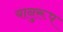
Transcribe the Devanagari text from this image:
यानुरूप